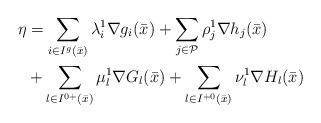
LaTeX: \begin{align*}\eta&=\sum\limits_{i\in I^g(\bar x)}\lambda^1_i\nabla g_i(\bar x)+\sum\limits_{j\in\mathcal P}\rho^1_j\nabla h_j(\bar x)\\&+\sum\limits_{l\in I^{0+}(\bar x)}\mu^1_l\nabla G_l(\bar x)+\sum\limits_{l\in I^{+0}(\bar x)}\nu^1_l\nabla H_l(\bar x)\end{align*}